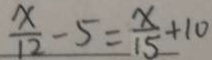
\frac { x } { 1 2 } - 5 = \frac { x } { 1 5 } + 1 0